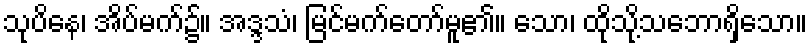
သုပိနေ၊ အိပ်မက်၌။ အဒ္ဒသံ၊ မြင်မက်တော်မူ၏။ သော၊ ထိုသို့သဘောရှိသော။